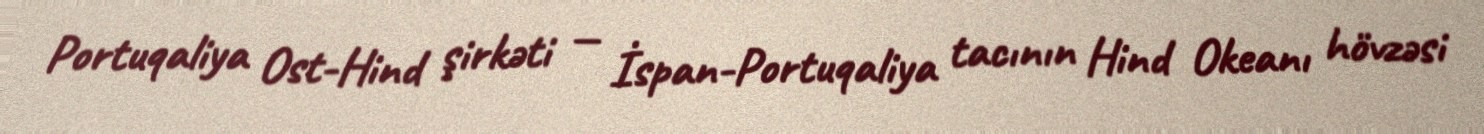
Portuqaliya Ost-Hind şirkəti — İspan-Portuqaliya tacının Hind Okeanı hövzəsi